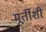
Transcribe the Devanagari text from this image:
मूर्तीशी